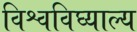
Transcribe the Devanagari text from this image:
विश्वविघ्याल्य